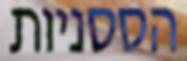
הססניות